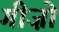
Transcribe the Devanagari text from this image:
गीज़ो